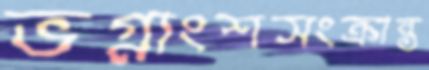
ভগ্নাংশসংক্রান্ত